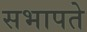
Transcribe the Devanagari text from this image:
सभापते